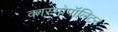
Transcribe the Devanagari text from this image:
कास्मोपॉलिटन